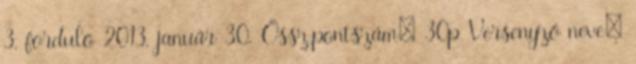
3. forduló 2013. január 30. Össz.pontszám: 30p Versenyző neve: